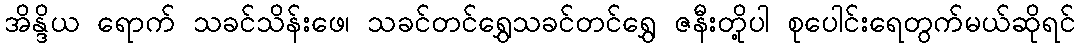
အိန္ဒိယ ရောက် သခင်သိန်းဖေ၊ သခင်တင်ရွှေသခင်တင်ရွှေ ဇနီးတို့ပါ စုပေါင်းရေတွက်မယ်ဆိုရင်